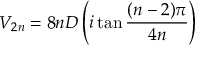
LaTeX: V _ { 2 n } = 8 n D \left( i \tan \frac { ( n - 2 ) \pi } { 4 n } \right)